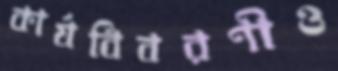
কার্যবিবরণীও